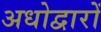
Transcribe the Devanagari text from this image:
अधोद्वारों